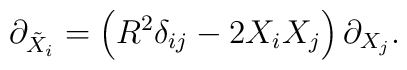
\partial_{{\tilde X}_i} = \left(R^2 \delta_{ij} - 2 X_i X_j \right)\partial_{X_j}.